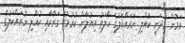
ވަމުން މިދަނީ ކުއްލި ނުރައްކަލުގެ ހާލަތު އިއުލާން ކުރުމުގެ ގަރާރާއި ކުއްލި ނުރައްކަލުގެ